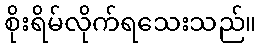
စိုးရိမ်လိုက်ရသေးသည်။